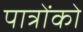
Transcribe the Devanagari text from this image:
पात्रोंको